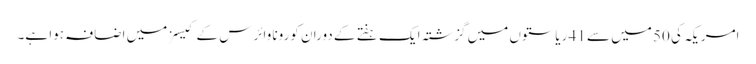
امریکہ کی 50 میں سے 41 ریاستوں میں گزشتہ ایک ہفتے کے دوران کورونا وائرس کے کیسز میں اضافہ ہوا ہے۔